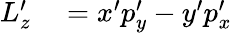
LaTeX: \begin{array}{rl}{L_{z}^{\prime}}&{{}=x^{\prime}p_{y}^{\prime}-y^{\prime}p_{x}^{\prime}}\end{array}